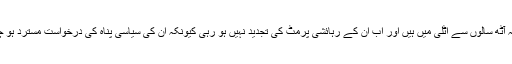
وہ گزشتہ آٹھ سالوں سے اٹلی میں ہیں اور اب ان کے رہائشی پرمٹ کی تجدید نہیں ہو رہی کیونکہ ان کی سیاسی پناہ کی درخواست مسترد ہو چکی ہے۔